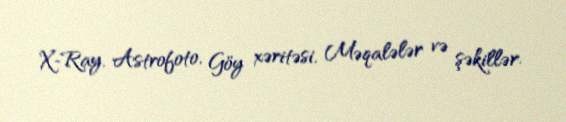
X-Ray, Astrofoto, Göy xəritəsi, Məqalələr və şəkillər.